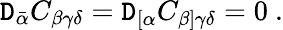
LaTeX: {\cal\mathtt{D}}_{\bar{{\alpha}}}C_{\beta\gamma\delta}={\cal\mathtt{D}}_{[\alpha}C_{\beta]\gamma\delta}=0\ .